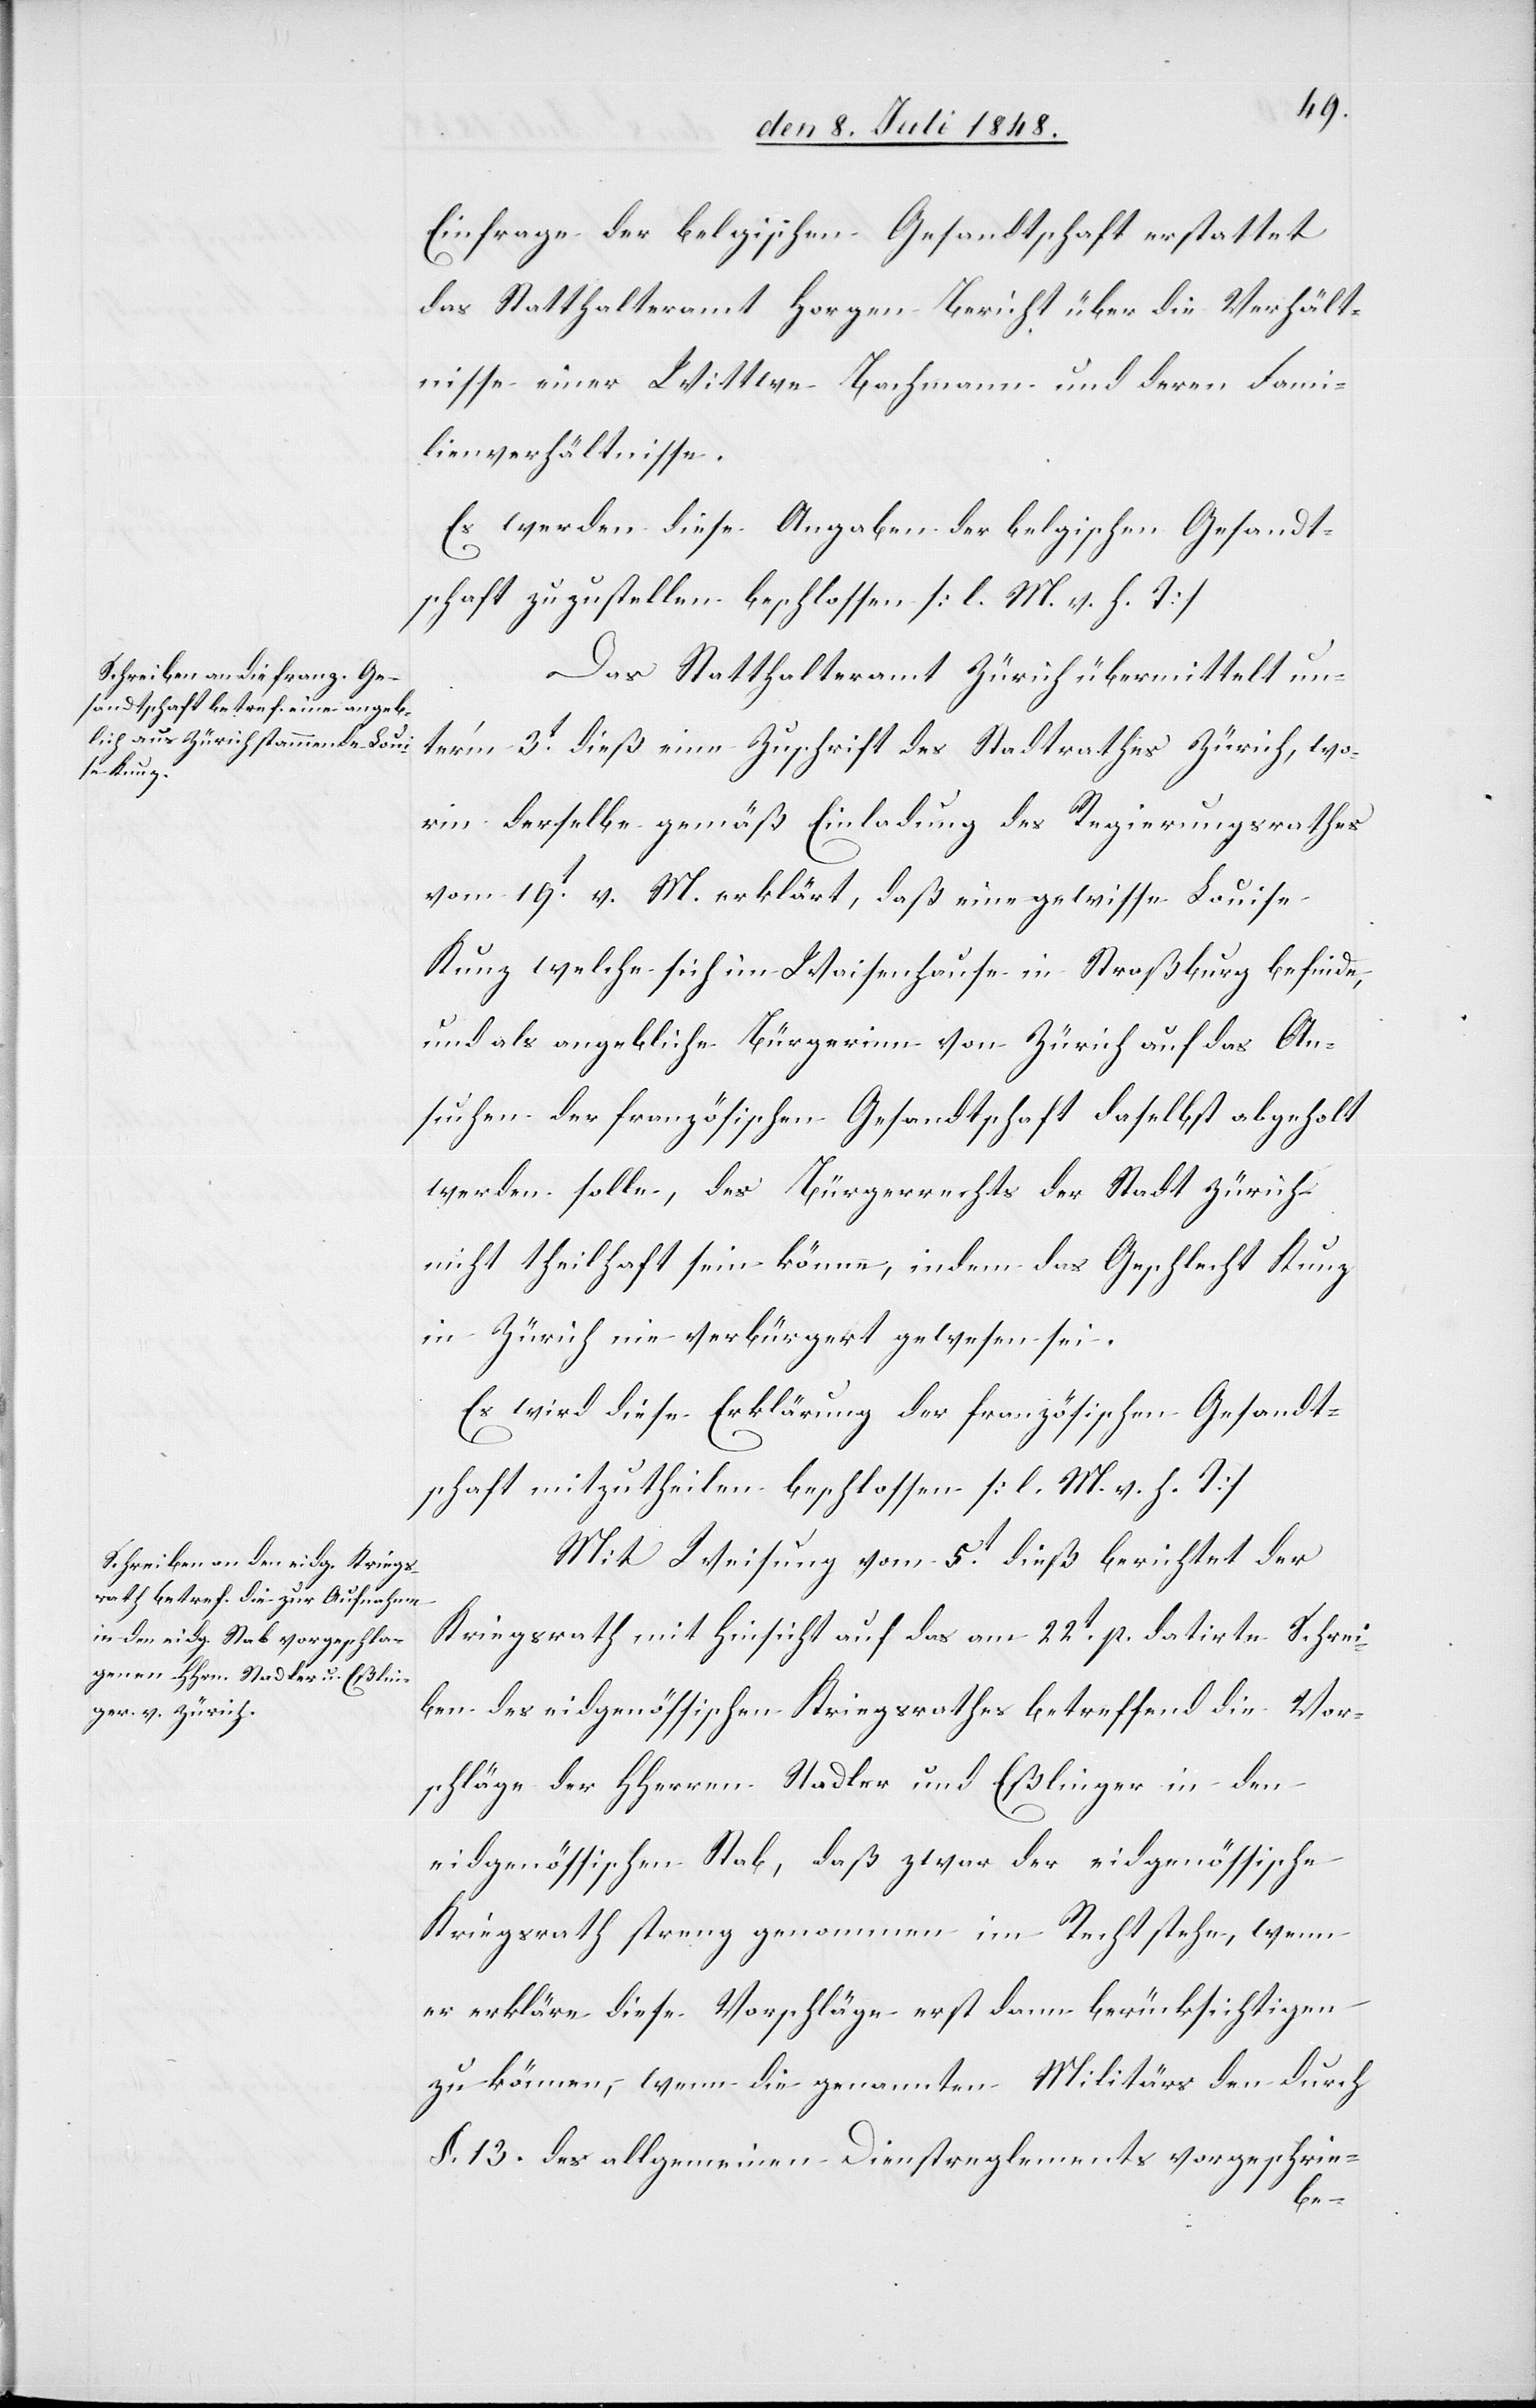
Einfrage der belgischen Gesandtschaft erstattet
das Statthalteramt Horgen Bericht über die Verhält¬
nisse einer Wittwe Bachmann und deren Fami¬
lienverhältnisse.
Es werden diese Angaben der belgischen Gesandt¬
schaft zuzustellen beschlossen. [l. M. v. h. T]
Das Statthalteramt Zürich übermittelt un¬
ter’m 3t dieß eine Zuschrift des Stadtrathes Zürich, wo¬
rin derselbe gemäß Einladung des Regierungsrathes
vom 19t v. M. erklärt, da eine gewisse Louise
Kunz welche sich im Waisenhause in Straßburg befinde,
und als angebliche Bürgerinn von Zürich auf das An¬
suchen der französischen Gesandtschaft daselbst abgeholt
werden solle, des Bürgerrechts der Stadt Zürich
nicht theilhaft sein könne, indem das Geschlecht Kunz
in Zürich nie verbürgert gewesen sei.
Es wird diese Erklärung der französischen Gesandt¬
schaft mitzutheilen beschlossen. [l. M. v. h. T].
Mit Weisung vom 5t dieß berichtet der
Kriegsrath mit Hinsicht auf das am 22t p. datirte Schrei¬
ben des eidgenössischen Kriegsrathes betreffend die Vor¬
schläge der HHerren Stadler und Eßlinger in den
eidgenössischen Stab, daß zwar der eidgenössische
Kriegsrath streng genommen im Recht stehe, wenn
er erkläre diese Vorschläge erst dann berücksichtigen
zu können, wenn die genannten Militärs den durch
§. 13. des allgemeinen Dienstreglements vorgeschrie-